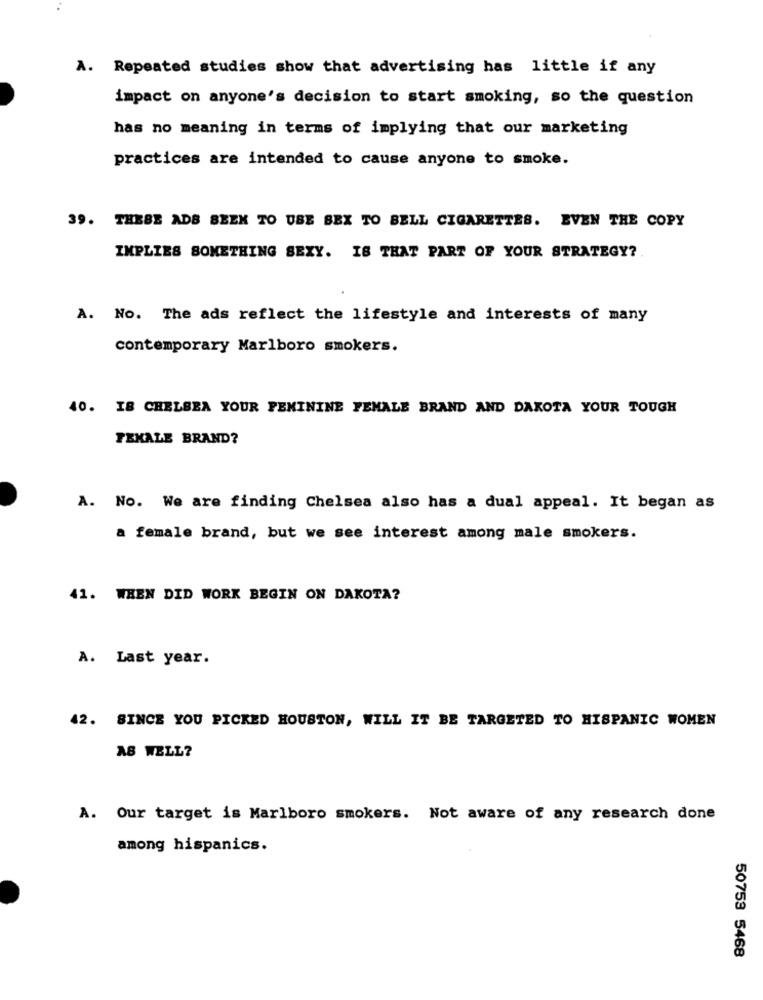
A. Repeated studies show that advertising has little if any
impact on anyone's decision to start smoking, so the question
has no meaning in terms of implying that our marketing
practices are intended to cause anyone to smoke.
39. THEBE ADS BEEN TO USE BEX TO BELL CIGARETTES. EVEN THE COPY
IMPLIES SOMETHING SEXY. IS THAT PART OF YOUR STRATEGY?
A. No. The ads reflect the lifestyle and interests of many
contemporary Marlboro smokers.
40. IB CHELSEA YOUR FEMININE FEMALE BRAND AND DAKOTA YOUR TOUGH
TEKALE BRAND?
A. No. We are finding Chelsea also has a dual appeal. It began as
a female brand, but we see interest among male smokers.
41. WHEN DID WORK BEGIN ON DAKOTA?
A. Last year.
42. SINCE YOU PICKED HOUSTON, WILL IT BE TARGETED TO HISPANIC WOMEN
AS WELL?
A. Our target is Marlboro smokers. Not aware of any research done
among hispanics.
50753 5468